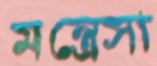
মন্ত্রেসা